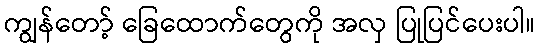
ကျွန်တော့် ခြေထောက်တွေကို အလှ ပြုပြင်ပေးပါ။